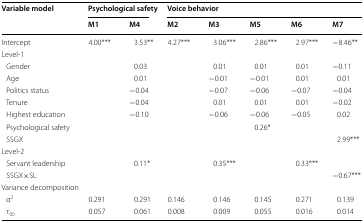
| <ROWSPAN=2> Variable model | <COLSPAN=2> Psychological safety | <COLSPAN=5> Voice behavior |
 | M1 | M4 | M2 | M3 | M5 | M6 | M7 |
 | --- | --- | --- | --- | --- | --- | --- | --- |
 | Intercept | 4.00*** | 3.53** | 4.27*** | 3.06*** | 2.86*** | 2.97*** | −8.46** |
 | <COLSPAN=8> Level-1 |
 | Gender |  | 0.03 |  | 0.01 | 0.01 | 0.01 | −0.11 |
 | Age |  | 0.01 |  | −0.01 | −0.01 | 0.01 | 0.01 |
 | Politics status |  | −0.04 |  | −0.07 | −0.06 | −0.07 | −0.04 |
 | Tenure |  | −0.04 |  | 0.01 | 0.01 | 0.01 | −0.02 |
 | Highest education |  | −0.10 |  | −0.06 | −0.06 | −0.05 | 0.02 |
 | Psychological safety |  |  |  |  | 0.26* |  |  |
 | SSGX |  |  |  |  |  |  | 2.99*** |
 | <COLSPAN=8> Level-2 |
 | Servant leadership |  | 0.11* |  | 0.35*** |  | 0.33*** |  |
 | SSGX×SL |  |  |  |  |  |  | −0.67*** |
 | <COLSPAN=8> Variance decomposition |
 | σ2 | 0.291 | 0.291 | 0.146 | 0.146 | 0.145 | 0.271 | 0.139 |
 | τ00 | 0.057 | 0.061 | 0.008 | 0.009 | 0.055 | 0.016 | 0.014 |